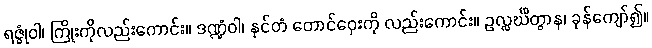
ရဇ္ဇုံဝါ၊ ကြိုးကိုလည်းကောင်း။ ဒဏ္ဍံဝါ၊ နှင်တံ တောင်ဝှေးကို လည်းကောင်း။ ဥလ္လင်္ဃိတွာန၊ ခုန်ကျော်၍။